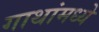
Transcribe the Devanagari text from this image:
गाथांमध्ये